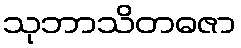
သုဘာသိတဓဇာ